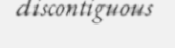
discontiguous